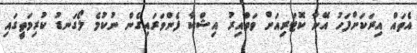
އެތައް އިރަކަށްފަހު އޭނާ ކޮޓަރިއަށް ވަތްއިރު އިޝްކާ ފެންވަރައިގެން ނުކުމެ ލޯގަނޑު ކުރިމަތީގައި